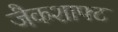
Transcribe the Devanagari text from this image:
जैकशाफ्ट